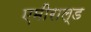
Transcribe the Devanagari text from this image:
एमीराल्ड